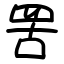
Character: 罟